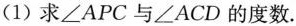
(1)求∠APC与∠ACD的度数。